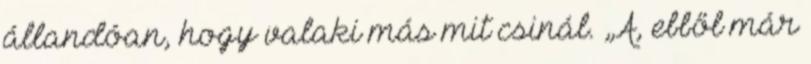
állandóan, hogy valaki más mit csinál. „Á, ebből már